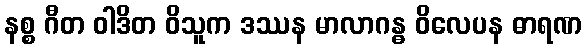
နစ္စ ဂီတ ဝါဒိတ ဝိသူက ဒဿန မာလာဂန္ဓ ဝိလေပန ဓာရဏ